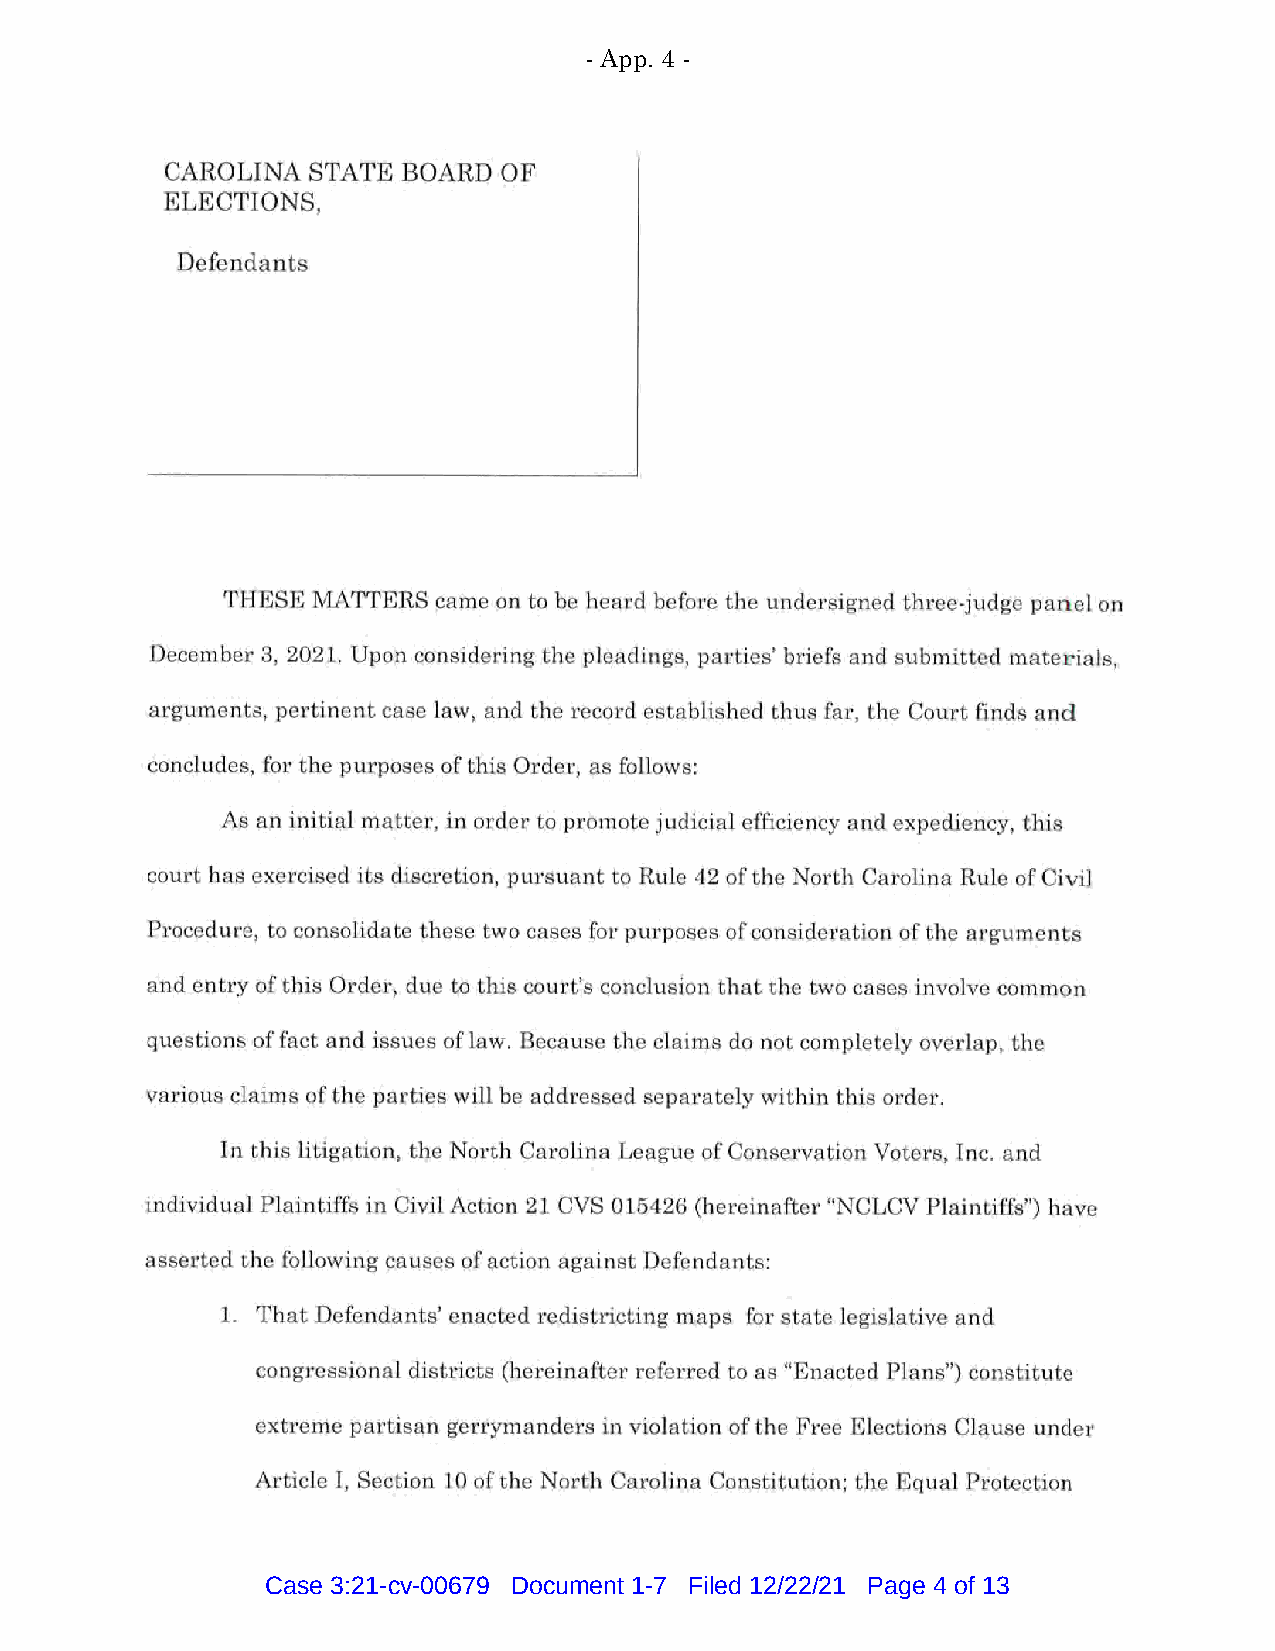
- App. 4 -
 CAROLINA STATE  BOARD OF
 ELECTIONS,
 Defendants
 THESE MATTERS came on to be heard before the undersigned three-judge panel on
 December 3, 2021. Upon considering the pleadings, parties' briefs and submitted materials,
 arguments, pertinent case law, and the record established thus far, the Court finds and
 concludes, for the purposes of this Order, as follows:
 As an initial matter, in order to promote judicial efficiency and expediency, this
 court has exercised its discretion, pursuant to Rule 42 of the North Carolina Rule of Civil
 Procedure, to consolidate these two cases for purposes of consideration of the arguments
 and entry of this Order, due to this court's conclusion that the two cases involve common
 questions of fact and issues of law. Because the claims do not completely overlap, the
 various claims of the parties will be addressed separately within this order.
 In this litigation, the North Carolina League of Conservation Voters, Inc. and
 individual Plaintiffs in Civil Action 21 CVS 015426 (hereinafter "NCLCV Plaintiffs") have
 asserted the following causes of action against Defendants:
 1. That Defendants' enacted redistricting maps for state legislative and
 congressional districts (hereinafter referred to as "Enacted Plans") constitute
 extreme partisan gerrymanders in violation of the Free Elections Clause under
 Article I, Section 10 of the North Carolina Constitution; the Equal Protection
 Case 3:21-cv-00679 Document 1-7 Filed 12/22/21 Page 4 of 13